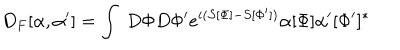
D _ { F } [ \alpha , \alpha ^ { \prime } ] = \int ~ D \Phi D \Phi ^ { \prime } e ^ { i ( S [ \Phi ] - S [ \Phi ^ { \prime } ] ) } \alpha [ \Phi ] \alpha ^ { \prime } [ \Phi ^ { \prime } ] ^ { * }